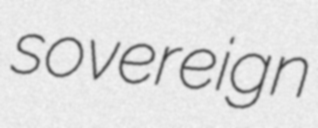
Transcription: sovereign